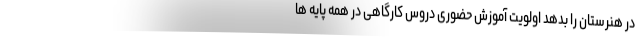
در هنرستان را بدهد اولویت آموزش حضوری دروس کارگاهی در همه پایه ها